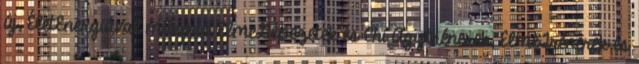
új, ÉletEnergiával működő ElmeGépezetek és Chi Agytrénerek, ElmeTrénerek és